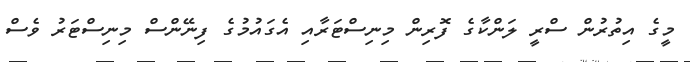
މީގެ އިތުރުން ސްރީ ލަންކާގެ ފޮރިން މިނިސްޓަރާއި އެގައުމުގެ ފިނޭންސް މިނިސްޓަރު ވެސް